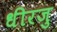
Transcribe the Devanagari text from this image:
धीरजु